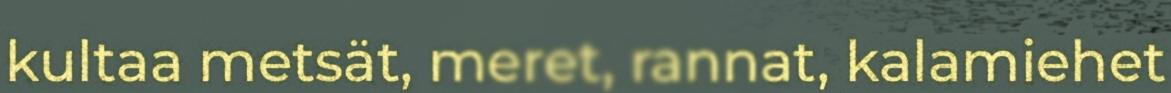
kultaa metsät, meret, rannat, kalamiehet